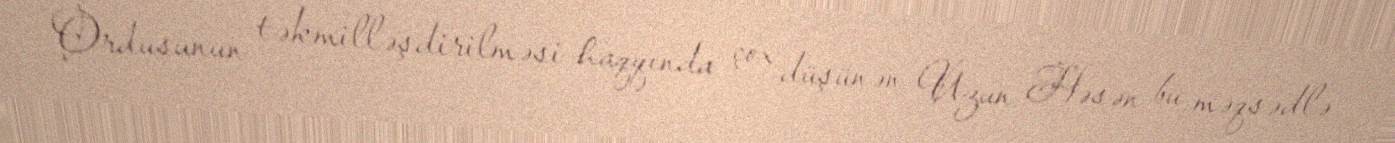
Ordusunun təkmilləşdirilməsi haqqında çox düşünən Uzun Həsən bu məqsədlə